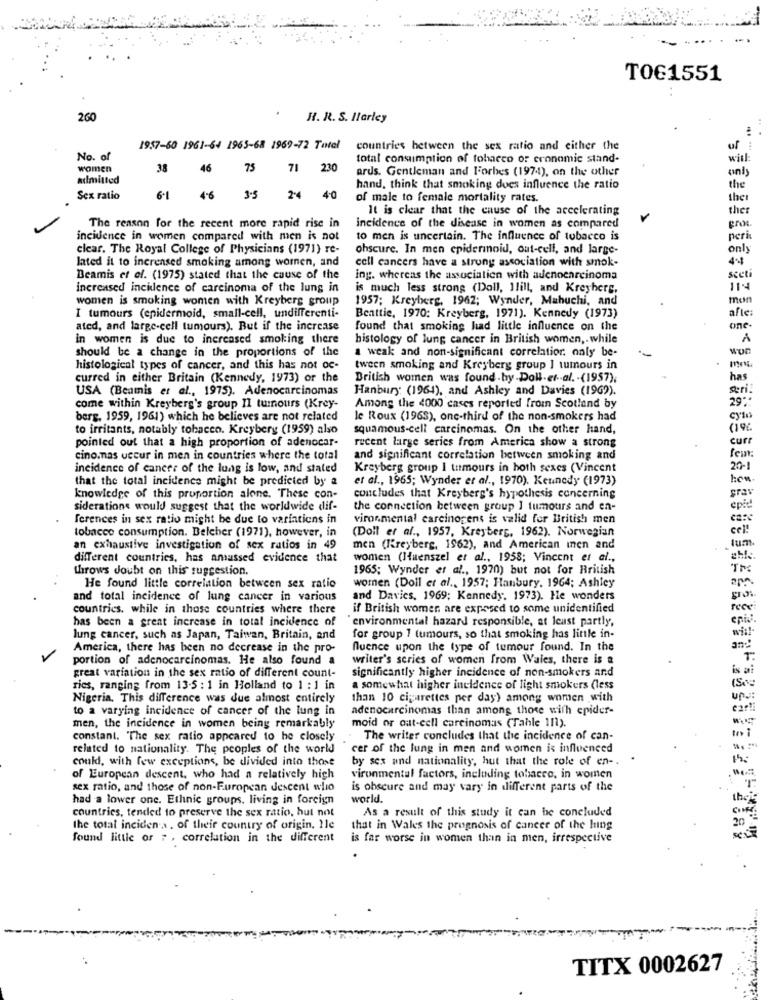
TOG1551
260
H. R. S. Ilarley
. .
1957-60 1961-64 1965-68 1969-72 Total
countries between the sex ratio and either the
of
No. of
total consumption of tobacco or cronomic stand-
will:
women
38
46 75
71 230
ards. Gentleman and Forbes (1974), on the other
only
admitted
hand, think that smoking dues influence the ratio
the
Sex ratio
61 46 35 24 40
of male to female mortality rates.
the
It is clear that the cause of the accelerating
ther
pro
The reason for the recent more rapid rise in
incidence of the disease in women as compared
incidence in women compared with men is not
to men is uncertain. The influence of tobacco is
peri
clear. The Royal College of Physicians (1971) re-
ohscure. In men epidermoid, out-cell, and large-
only
lated it to increased smoking among women, and
cell cancers have a strong association with smok-
44
scet
Beamis et of. (1975) stated that the cause of the
ing. whereas the association with adenocarcinoma
increased incidence of carcinoma of the lung in
is much less strong (Doll, Ilill, and Kreyhers,
114
women is smoking women with Kreyberg group
1957; Kreyberg, 1962; Wynder, Mahuchi, and
men
afte:
I tumours (epidermoid, small-cell, undifferenti-
Beattie, 1970: Kreyberg, 1971). Kennedy (1973)
ated, and large-cell tumours). But if the increase
found that smoking had little influence on the
one
in women is due to increased smoking there
histology of lung cancer in British women ,. while
A
should be a change in the proportions of the
a weak and non-significant correlatior. only be-
won
histological types of cancer, and this has not oc-
tween smoking and Kreyberg group ] tumours in
curred in either Britain (Kennedy, 1973) or the
British women was found.by Doll.et. al. - (1957),
has
USA (Beamis et al ., 1975). Adenocarcinomas
Hanbury (1964), and Ashley and Davies (1969).
seri:
29%*
come within Kreyberg's group II tumours (Krey-
Among the 4000 cases reported from Scotland by
berg. 1959, 1961) which he believes are not related
le Roux (1965), one-third of the non-smokers had
cylı
to irritants, notably tobacco. Kreybery (1959) also
squamous-cell carcinomas. On the other hand,
pointed out that a high proportion of adenocar-
recent large series from America show a strong
cur
cino.nas occur in men in countries where the total
and significant correlation between smoking and
few:
incidence of cancer of the lung is low, and stated
Kreyberg group I tumours in both sexes (Vincent
20-1
that the total incidence might be predicted by a
et al ., 1965; Wynder et al ., 1970). Kennedy (1973)
how
grav
knowledge of this proportion alone. These con-
concludes that Kreyberg's hypothesis concerning
siderations would suggest that the worldwide dif-
the connection between group ] tumours and en-
epie!
ferences in sex ratio might be due to variations in
vironmental carcinogens is valid for British men
tobacco consumption. Belcher (1971), however, in
(Doll et al ., 1957, Kreyberg, 1962). Norwegian
cel !
lum
an exhaustive investigation of sex ratios in 49
men (Kreyberg, 1962), and American inen and
different countries, has amassed evidence that
women ()fuenszel et al ., 1958; Vincent et al .,
throws doubt on this suggestion.
1965; Wynder et al ., 1970) but not for British
TM
women (Doll et al ., 1957; Hanbury. 1964; Ashley
He found little correlation between sex ratio
and total incidence of lung cancer in various
and Davics, 1969; Kennedy. 1973). He wonders
countries. while in those countries where there
if British women are exposed to some unidentified
has been a great increase in total incidence of
environmental hazard responsible, at least partly,
wis!
lung cancer, such as Japan, Taiwan, Britain, and
for group 1 tumours, so that smoking has linle in-
America, there has been no decrease in the pro-
Quence upon the type of tumour found. In the
an ::
portion of adenocarcinomas. He also found a
writer's series of women from Wales, there is a
T
great variation in the sex ratio of different count-
significantly higher incidence of non-smokers and
(See
rics, ranging from 13-5 : 1 in Holland to 1 : 1 in
a somewhat higher incidence of light smokers (less
Nigeria, This difference was due almost entirely
than 10 cigarettes per day) among women with
up
to a varying incidence of cancer of the lung in
adenocarcinomas than among those with epider-
moid or out-cell carcinomas (Tahle 111).
men, the incidence in women being remarkably
to 1
constant. The sex ratio appeared to he closely
The writer concludes that the incidence of can-
related to nationality. The peoples of the world
cer of the lung in men and women is influenced
could, with few exceptions, be divided into those
by sex and nationality, hut that the role of en -. .
of European descent, who had a relatively high
vironmental factors, including tobacco, in women
sex ratio, and those of non-European descent who
is obscure and may vary in different parts of the
had a lower one. Ethnic groups, living in foreign
world.
theis
countries, tended to preserve the sex ratio, but not
As a result of this study it can be concluded
20
the total inciden a. of their country of origin, Ile
that in Wales the prognosis of cancer of the hing
Sound little or ; , correlation in the different
is far worse in women than in men, irrespective
se
TITX 0002627